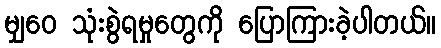
မျှဝေ သုံးစွဲရမှုတွေကို ပြောကြားခဲ့ပါတယ်။